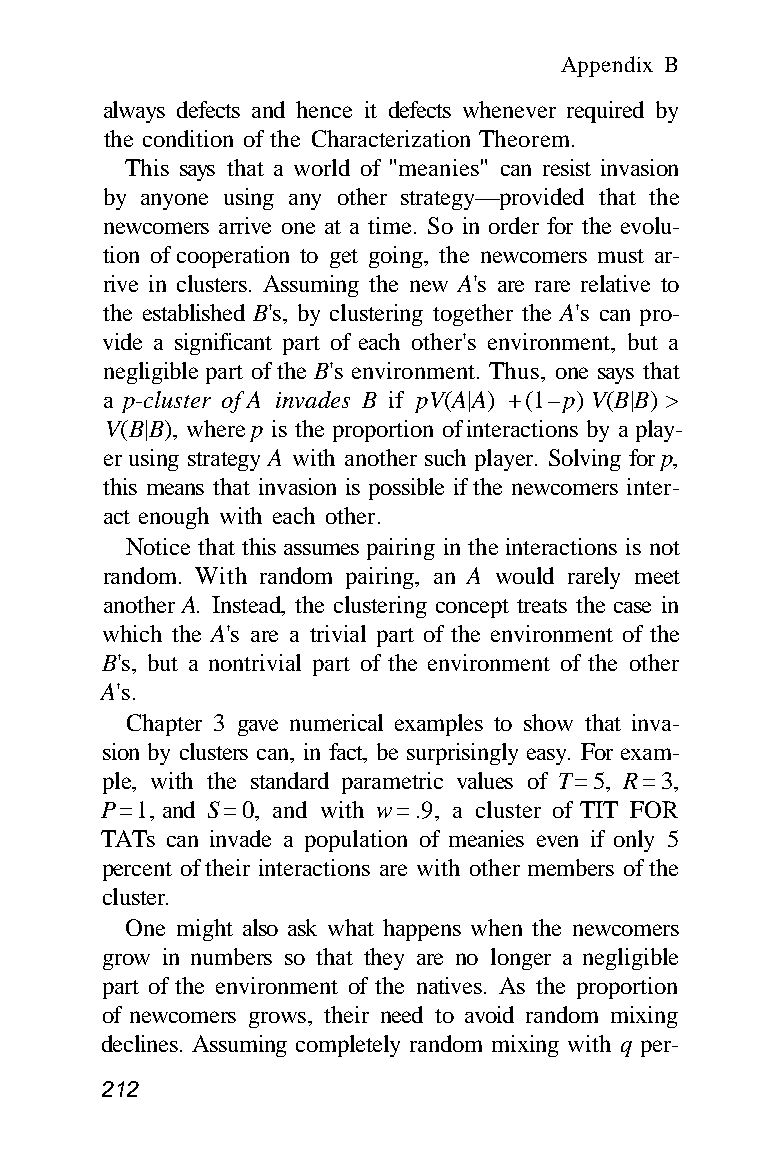
Appendix B
 always defects and hence it defects whenever required by
 the condition of the Characterization Theorem.
 This says that a world of "meanies" can resist invasion
 by anyone using any other strategy—provided that the
 newcomers arrive one at a time. So in order for the evolu-
 tion of cooperation to get going, the newcomers must ar-
 rive in clusters. Assuming the new A's are rare relative to
 the established B's, by clustering together the A's can pro-
 vide a significant part of each other's environment, but a
 negligible part of the B's environment. Thus, one says that
 a p-cluster of A invades B if pV(A|A) + (1 – p) V(B|B) >
 V(B|B), where p is the proportion of interactions by a play-
 er using strategy A with another such player. Solving for p,
 this means that invasion is possible if the newcomers inter-
 act enough with each other.
 Notice that this assumes pairing in the interactions is not
 random. With random pairing, an A would rarely meet
 another A. Instead, the clustering concept treats the case in
 which the A's are a trivial part of the environment of the
 B's, but a nontrivial part of the environment of the other
 A's.
 Chapter 3 gave numerical examples to show that inva-
 sion by clusters can, in fact, be surprisingly easy. For exam-
 ple, with the standard parametric values of T = 5, R = 3,
 P = 1, and S = 0, and with w = .9, a cluster of TIT FOR
 TATs can invade a population of meanies even if only 5
 percent of their interactions are with other members of the
 cluster.
 One might also ask what happens when the newcomers
 grow in numbers so that they are no longer a negligible
 part of the environment of the natives. As the proportion
 of newcomers grows, their need to avoid random mixing
 declines. Assuming completely random mixing with q per-
 212